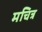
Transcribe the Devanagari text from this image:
मचित्र